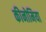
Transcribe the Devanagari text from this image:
कीनोमिया